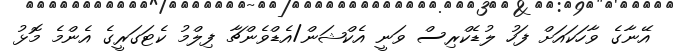
އޭނާގެ ވާހަކައަށް ފަހު ލުޑެކްރިސް ވަނީ އެކްޝަން/އެޑްވެންޗާ ފިލްމު ކެޓަގަރީގެ އެންމެ މޮޅު